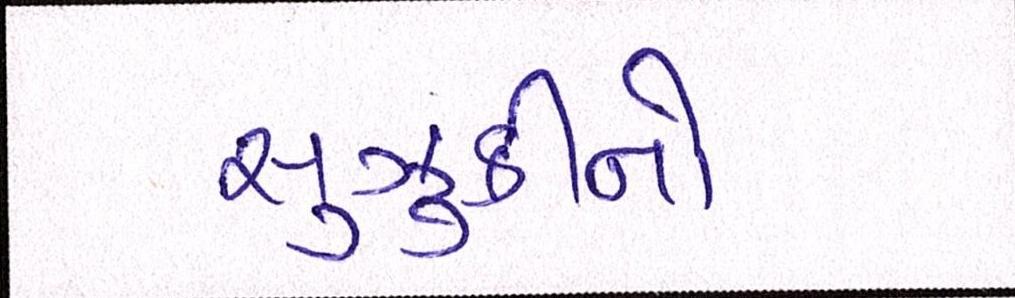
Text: સુઝુકીનો